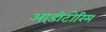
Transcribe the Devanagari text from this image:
आड़ीटोरिम